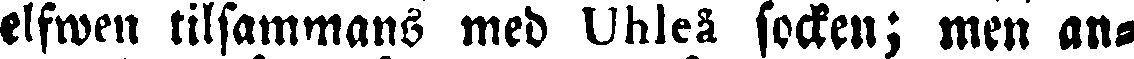
elfwen tilsammans med socken; men an-